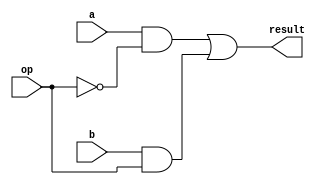
`timescale 1ns / 1ps
//////////////////////////////////////////////////////////////////////////////////
// Company: 
// Engineer: 
// 
// Design Name: 
// Module Name: ALU1Bit
// Project Name: 
// Target Devices: 
// Tool Versions: 
// Description: 
// 
// Dependencies: 
// 
// Revision:
// Revision 0.01 - File Created
// Additional Comments:
// 
//////////////////////////////////////////////////////////////////////////////////
module mux1bit2to1(a, b, op, result);
input a, b, op;
output result;


assign result = (a & (~op)) | (b & op);			//multiplexer logic.

endmodule

module mux4to1(a, op,out);
	input [3:0] a;
	input op;
	output out;

	wire y;
	wire z;

	mux1bit2to1 m1 (a[3],a[2], op, y),
	            m2 (a[1],a[0], op, z),
	            m3 (y, z, ~op, out);
endmodule

module ALU1Bit(a, b, cin, less, cout, result, set, zero, op, g, p);
input a, b, cin, less;
input [1:0] op;
output cout, result, set, zero, g, p;

wire s, t;

mux1bit2to1 m1(a, ~a, op[1], s), 
            m2(b, ~b, op[0], t);

 assign set = s ^ t ^ cin;
 assign cout = (s & t) | (s & cin) | (t & cin);
 
 assign g = s & t;
 assign p = s | t;
 
 wire [3:0] q;
 assign q[0] = g;
 assign q[1] = p;
 assign q[2] = set;
 assign q[3] = less;

 mux4to1 m3(q, op[0],result);

endmodule